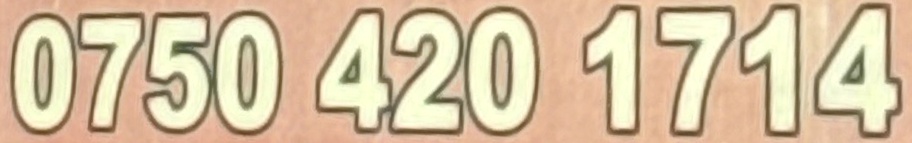
0750 420 1714